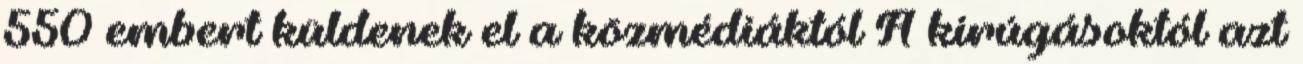
550 embert küldenek el a közmédiáktól A kirúgásoktól azt